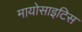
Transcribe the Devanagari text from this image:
मायोसाइटिस